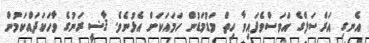
އެނގި އަރްސަލްގެ އަވަސްވެފައިވާ ހިތް މަޑުމަޑުން ހަމައަކަށް އެޅުނެވެ. ޤާޟީ ރަނުގެ ވާހަކަދައްކަމުން